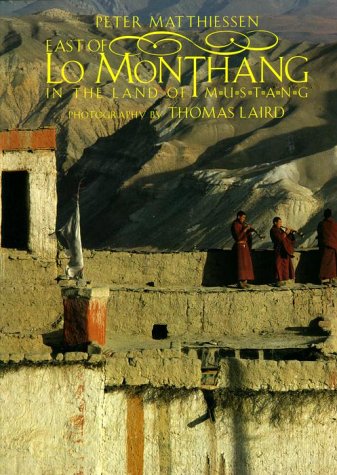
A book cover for East of Lo Monthang; Peter Matthiessen; Travel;